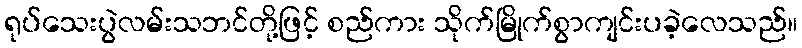
ရုပ်သေးပွဲလမ်းသဘင်တို့ဖြင့် စည်ကား သိုက်မြိုက်စွာကျင်းပခဲ့လေသည်။